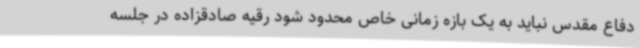
دفاع مقدس نباید به یک بازه زمانی خاص محدود شود رقیه صادقزاده در جلسه